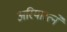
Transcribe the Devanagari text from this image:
अरियारत्ने